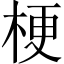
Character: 梗